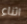
اثناء